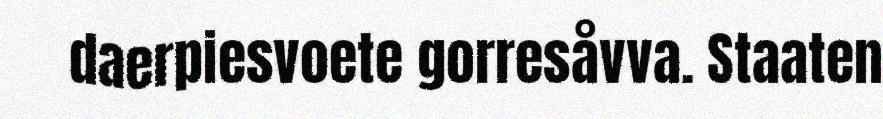
daerpiesvoete gorresåvva. Staaten